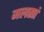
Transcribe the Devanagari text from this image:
मलसां